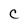
Character: C